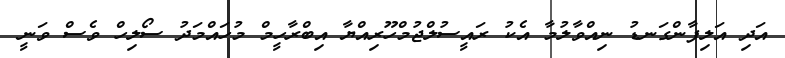
އަދި އަލިފާންގަނޑު ނިއްވާލުމާ އެކު ރައީސުލްޖުމްހޫރިއްޔާ އިބްރާހީމް މުހައްމަދު ސޯލިހް ވެސް ވަނީ